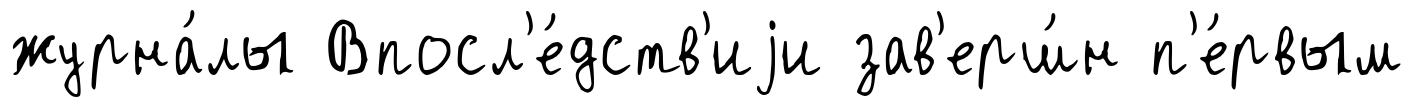
журна́лы Впосл'е́дств'иjи зав'ерш́н п'е́рвым